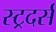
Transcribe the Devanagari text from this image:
स्ट्रदर्स